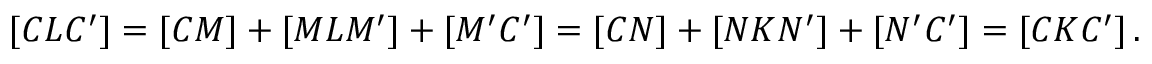
[ C L C ^ { \prime } ] = [ C M ] + [ M L M ^ { \prime } ] + [ M ^ { \prime } C ^ { \prime } ] = [ C N ] + [ N K N ^ { \prime } ] + [ N ^ { \prime } C ^ { \prime } ] = [ C K C ^ { \prime } ] \, .